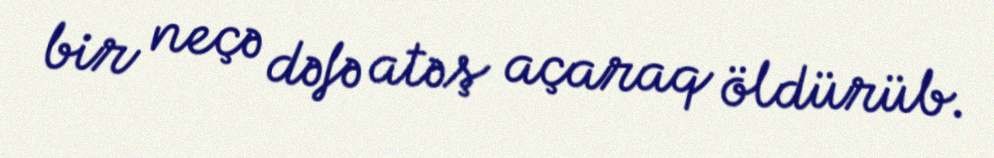
bir neçə dəfə atəş açaraq öldürüb.